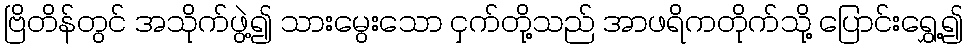
ဗြိတိန်တွင် အသိုက်ဖွဲ့၍ သားမွေးသော ငှက်တို့သည် အာဖရိကတိုက်သို့ ပြောင်းရွှေ့၍